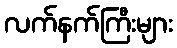
လက်နက်ကြီးများ